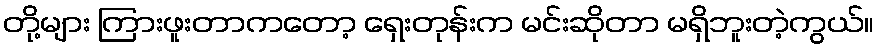
တို့များ ကြားဖူးတာကတော့ ရှေးတုန်းက မင်းဆိုတာ မရှိဘူးတဲ့ကွယ်။